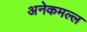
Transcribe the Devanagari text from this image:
अनेकमल्ल